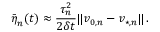
\bar { \boldsymbol { \eta } } _ { n } ( t ) \approx \frac { \tau _ { n } ^ { 2 } } { 2 \delta t } \lVert \boldsymbol { v } _ { 0 , n } - \boldsymbol { v } _ { \! \; \! \star , n } \rVert \, .